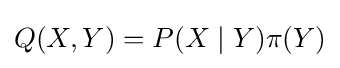
Q(X,Y)=P(X\mid Y)\pi (Y)